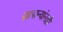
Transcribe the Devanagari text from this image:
सामान्यांनाही